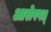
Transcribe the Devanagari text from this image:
आरोपपत्